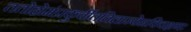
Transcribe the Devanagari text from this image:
ततोहोमंप्रकुर्वीततिलाज्येनविचक्षणः